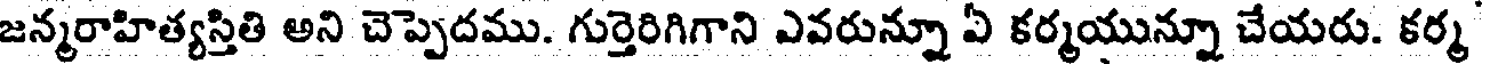
జన్మరాహిత్యస్తితి అని చెప్పెదము. గుర్తెరిగిగాని ఎవరున్నూ ఏ కర్మయున్నూ చేయరు. కర్మ